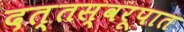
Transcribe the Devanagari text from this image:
दत्तस्वरूपात